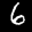
Label: 6